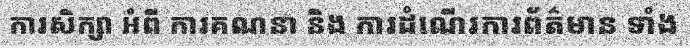
ការសិក្សា អំពី ការគណនា និង ការដំណើរការព័ត៌មាន ទាំង